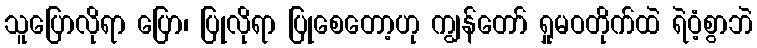
သူပြောလိုရာ ပြော၊ ပြုလိုရာ ပြုစေတော့ဟု ကျွန်တော် ရှုမဝတိုက်ထဲ ရဲဝံ့စွာဘဲ